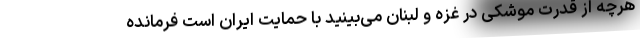
هرچه از قدرت موشکی در غزه و لبنان می‌بینید با حمایت ایران است فرمانده